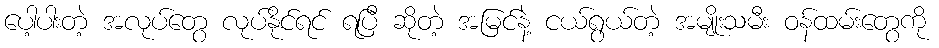
ပေါ့ပါးတဲ့ အလုပ်တွေ လုပ်နိုင်ရင် ရပြီ ဆိုတဲ့ အမြင်နဲ့ ငယ်ရွယ်တဲ့ အမျိုးသမီး ဝန်ထမ်းတွေကို